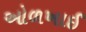
ઓળખાઈ